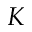
K